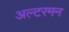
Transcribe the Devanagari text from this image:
अल्टरमन